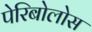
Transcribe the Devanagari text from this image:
पेरिबोलोस